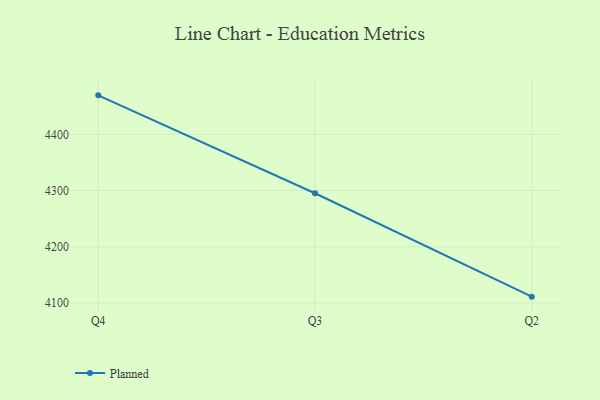
{"axis": {"x": "Quarter", "y": "Population (Million)"}, "legend": ["Planned"], "data": [{"x": "Q4", "y": 4469.4, "type": "Planned"}, {"x": "Q3", "y": 4295.3, "type": "Planned"}, {"x": "Q2", "y": 4111.3, "type": "Planned"}]}